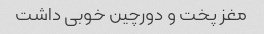
مغز پخت و دورچین خوبی داشت